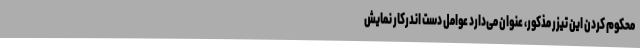
محکوم کردن این تیزر مذکور، عنوان می‌دارد عوامل دست اندرکار نمایش